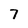
Character: 7